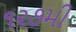
૧૨૭મી